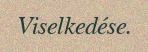
Viselkedése.